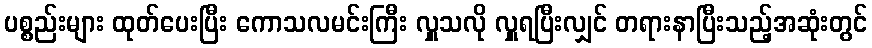
ပစ္စည်းများ ထုတ်ပေးပြီး ကောသလမင်းကြီး လှူသလို လှူရပြီးလျှင် တရားနာပြီးသည့်အဆုံးတွင်